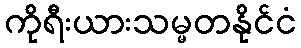
ကိုရီးယားသမ္မတနိုင်ငံ